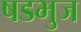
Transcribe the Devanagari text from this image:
षडभुज